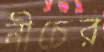
নীচের